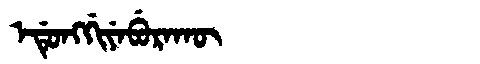
Manchu: ᡝᡩᡠᠩᡤᡳᠶᡝᠪᡠᡵᠠᡴᡡ
Romanization: EDUNGGIYEBURAKŪ